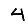
Digit: 4